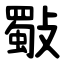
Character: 斀